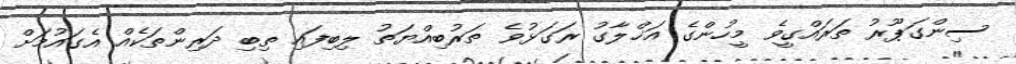
ސިންގަޕޫރު ތަރައްގީވެ މީހުންގެ އަޚްލާގު ރަގަޅުވެ ތަރުބިއްޔަތު ލިބިފައި ތިބި ދަރިންތަކެއް އެގައުމަށް